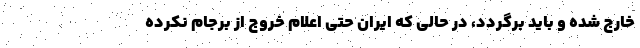
خارج شده و باید برگردد، در حالی که ایران حتی اعلام خروج از برجام نکرده